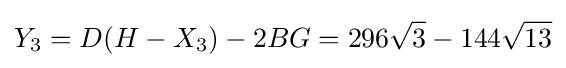
Y_{3}=D(H-X_{3})-2BG=296{\sqrt {3}}-144{\sqrt {13}}